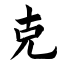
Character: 克